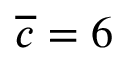
\overline { { c } } = 6